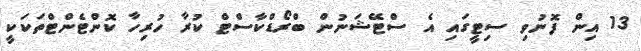
13 އިން ފޮނުވި ސިޓީގައި އެ ސްޓޭޝަނުން ބްރޯޑްކާސްޓް ކުރާ ހުރިހާ ކޮންޓެންޓްތަކަކީ